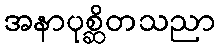
အနာပုစ္ဆိတသညာ